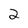
Character: 2